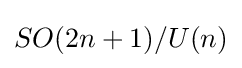
SO(2n+1)/U(n)